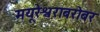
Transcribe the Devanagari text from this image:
मयूरेश्वराबरोबर